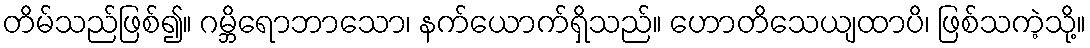
တိမ်သည်ဖြစ်၍။ ဂမ္ဘိရောဘာသော၊ နက်ယောက်ရှိသည်။ ဟောတိသေယျထာပိ၊ ဖြစ်သကဲ့သို့။